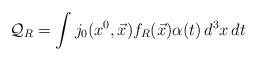
LaTeX: \begin{align*}\mathcal{Q}_R = \int j_0(x^0,\vec{x}) f_R(\vec{x}) \alpha(t) \, d^3x \, dt \end{align*}